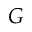
{ \cal G }